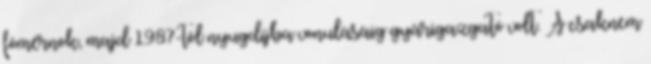
fômérnök, majd 1987-tôl nyugdíjba vonulásáig gyárigazgató volt. A csaknem